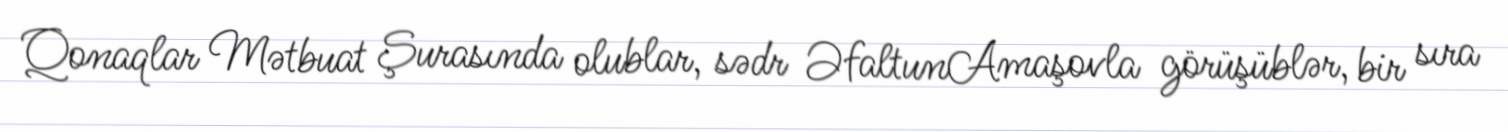
Qonaqlar Mətbuat Şurasında olublar, sədr ƏfaltunAmaşovla görüşüblər, bir sıra